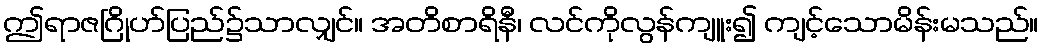
ဤရာဇဂြိုဟ်ပြည်၌သာလျှင်။ အတိစာရိနီ၊ လင်ကိုလွန်ကျူး၍ ကျင့်သောမိန်းမသည်။